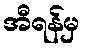
အီရန်မှ